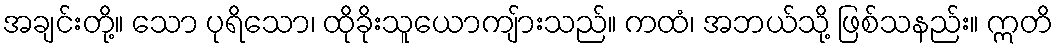
အချင်းတို့။ သော ပုရိသော၊ ထိုခိုးသူယောကျ်ားသည်။ ကထံ၊ အဘယ်သို့ ဖြစ်သနည်း။ ဣတိ